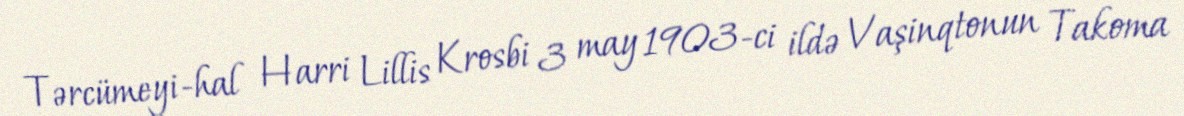
Tərcümeyi-hal Harri Lillis Krosbi 3 may 1903-ci ildə Vaşinqtonun Takoma